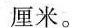
厘米。